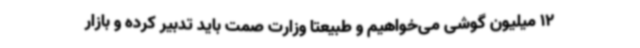
12 میلیون گوشی می‌خواهیم و طبیعتا وزارت صمت باید تدبیر کرده و بازار